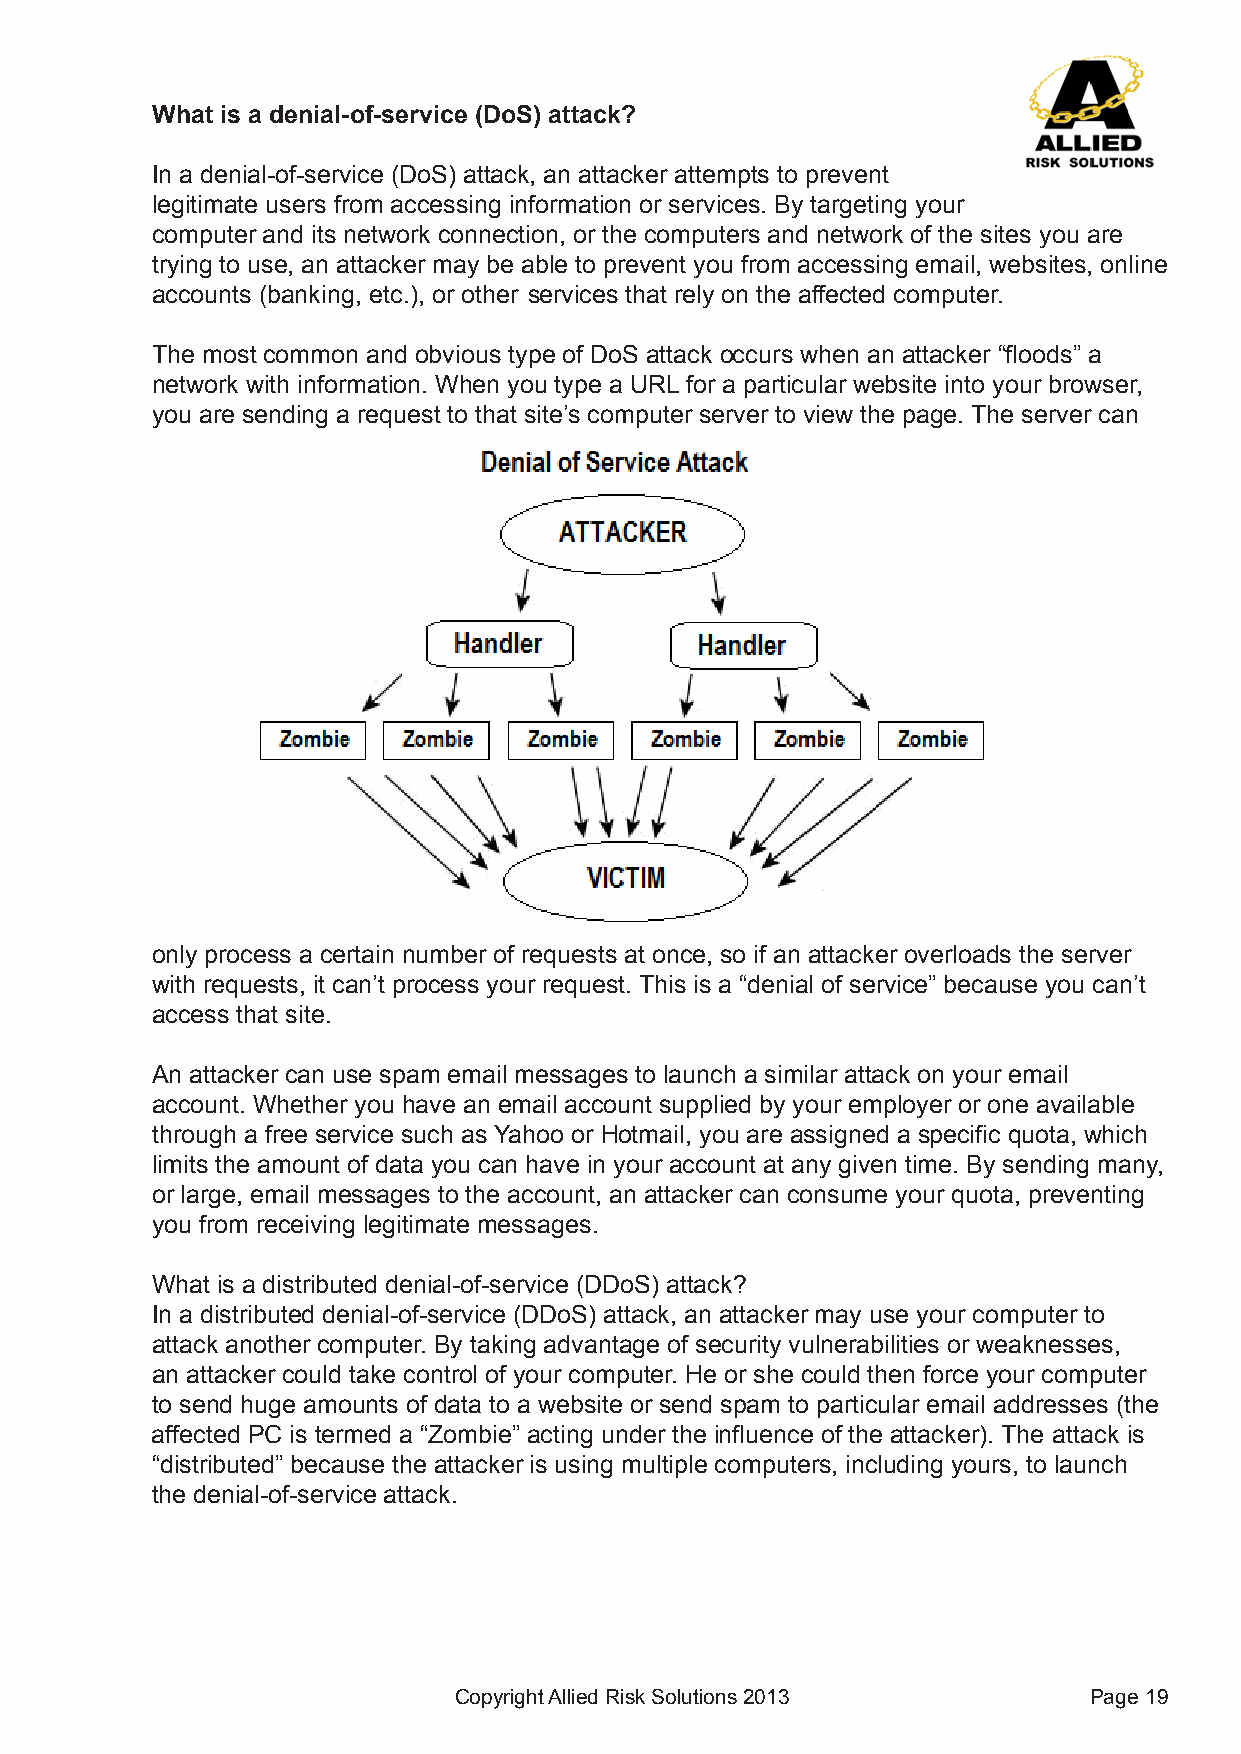
What is a denial-of-service (DoS) attack?
 In a denial-of-service (DoS) attack, an attacker attempts to prevent
 legitimate users from accessing information or services. By targeting your
 computer and its network connection, or the computers and network of the sites you are
 trying to use, an attacker may be able to prevent you from accessing email, websites, online
 accounts (banking, etc.), or other services that rely on the affected computer.
 The most common and obvious type of DoS attack occurs when an attacker “floods” a
 network with information. When you type a URL for a particular website into your browser,
 you are sending a request to that site’s computer server to view the page. The server can
 only process a certain number of requests at once, so if an attacker overloads the server
 with requests, it can’t process your request. This is a “denial of service” because you can’t
 access that site.
 An attacker can use spam email messages to launch a similar attack on your email
 account. Whether you have an email account supplied by your employer or one available
 through a free service such as Yahoo or Hotmail, you are assigned a specific quota, which
 limits the amount of data you can have in your account at any given time. By sending many,
 or large, email messages to the account, an attacker can consume your quota, preventing
 you from receiving legitimate messages.
 What is a distributed denial-of-service (DDoS) attack?
 In a distributed denial-of-service (DDoS) attack, an attacker may use your computer to
 attack another computer. By taking advantage of security vulnerabilities or weaknesses,
 an attacker could take control of your computer. He or she could then force your computer
 to send huge amounts of data to a website or send spam to particular email addresses (the
 affected PC is termed a “Zombie” acting under the influence of the attacker). The attack is
 “distributed” because the attacker is using multiple computers, including yours, to launch
 the denial-of-service attack.
 Copyright Allied Risk Solutions 2013      Page 19